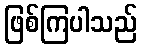
ဖြစ်ကြပါသည်